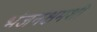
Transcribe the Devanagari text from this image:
भंजनक्षमशी